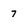
Character: 7